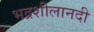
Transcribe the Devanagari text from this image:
भद्रशीलानदी